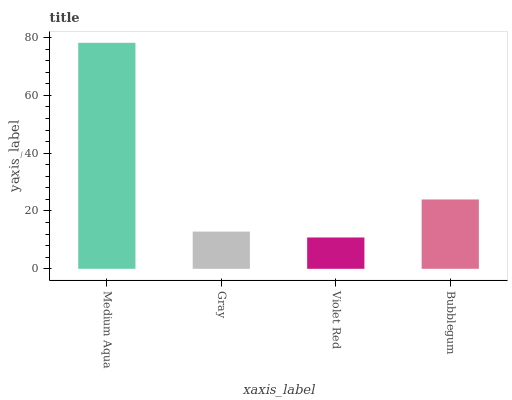
| xaxis_label | bars |
 | --- | --- |
 | Medium Aqua | 78.2 |
 | Gray | 12.9 |
 | Violet Red | 10.8 |
 | Bubblegum | 24 |